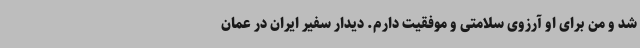
شد و من برای او آرزوی سلامتی و موفقیت دارم. دیدار سفیر ایران در عمان